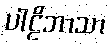
ပါဠိဘာသာ